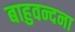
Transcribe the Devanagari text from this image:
बाहुवन्दना